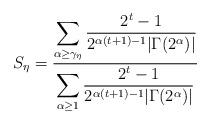
LaTeX: \begin{align*}S_\eta=\frac{\displaystyle\sum_{\alpha\ge\gamma_\eta}\frac{2^t-1}{2^{\alpha(t+1)-1}|\Gamma(2^\alpha)|}}{\displaystyle\sum_{\alpha\ge1}\frac{2^t-1}{2^{\alpha(t+1)-1}|\Gamma(2^\alpha)|}}\end{align*}